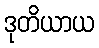
ဒုတိယာယ